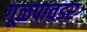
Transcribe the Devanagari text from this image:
गूळपावडर